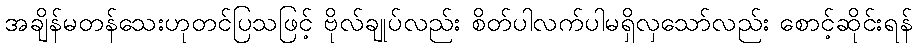
အချိန်မတန်သေးဟုတင်ပြသဖြင့် ဗိုလ်ချုပ်လည်း စိတ်ပါလက်ပါမရှိလှသော်လည်း စောင့်ဆိုင်းရန်